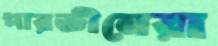
পারভীনেরা